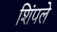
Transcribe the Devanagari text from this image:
शिंपले